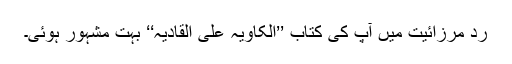
ردّ مرزائیت میں آپ کی کتاب ’’الکاویہ علی القادیہ‘‘ بہت مشہور ہوئی۔